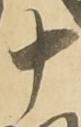
十